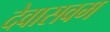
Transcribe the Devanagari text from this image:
देवासवम